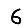
Digit: 6